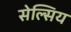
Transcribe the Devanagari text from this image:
सेल्सिय